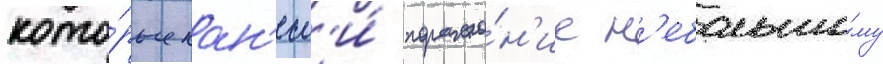
кото́рые нан'есл'и́ пораже́н'ие н'ебольшо́му